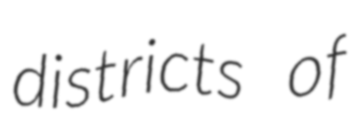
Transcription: districts of